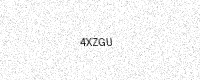
Text: 4XZGU